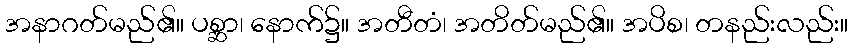
အနာဂတ်မည်၏။ ပစ္ဆာ၊ နောက်၌။ အတီတံ၊ အတိတ်မည်၏။ အပိစ၊ တနည်းလည်း။